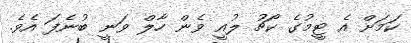
ކަމަށް އެ ޓީމުގެ ކޯޗު ލުއީ ވެން ހާލް ވަނީ ބުނެފަ އެވެ.